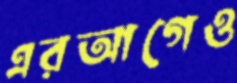
এরআগেও